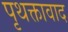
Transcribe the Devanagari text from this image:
पृथक्तावाद